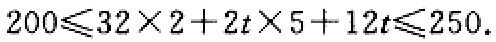
$200\leqslant32\times 2 + 2t\times 5+12t\leqslant250.$